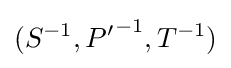
(S^{-1},{P'}^{-1},T^{-1})